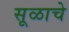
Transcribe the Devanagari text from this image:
सूळाचे